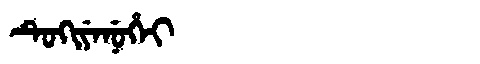
Manchu: ᡨᡠᡴᡳᠶᡝᠨᡠᡥᡝᡳ
Romanization: TUKIYENUHEI